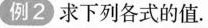
例2)求下列各式的值。